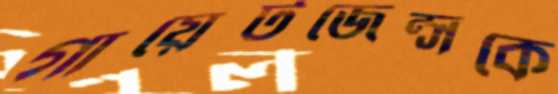
গায়েটজেন্সকে